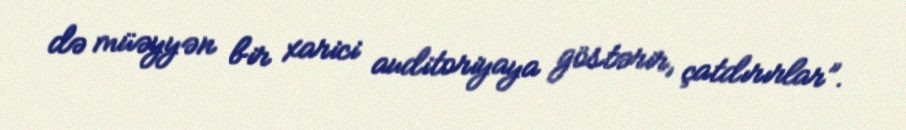
də müəyyən bir xarici auditoriyaya göstərir, çatdırırlar”.